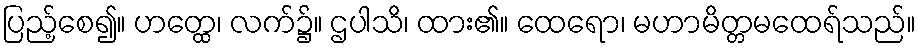
ပြည့်စေ၍။ ဟတ္ထေ၊ လက်၌။ ဌပါသိ၊ ထား၏။ ထေရော၊ မဟာမိတ္တမထေရ်သည်။